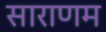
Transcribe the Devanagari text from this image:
साराणम